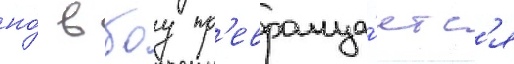
но́ в боу пр'евраща́етс'я